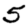
Digit: 5